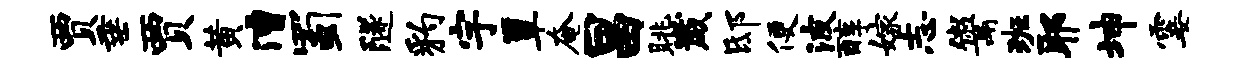
贾垂贾黄漕蜀隧豹宇簟奄昌眺崴邸便波醇嫁志鬻班耶坤霎